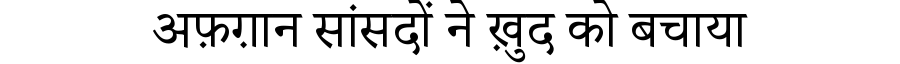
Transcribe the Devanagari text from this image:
अफ़ग़ान सांसदों ने ख़ुद को बचाया